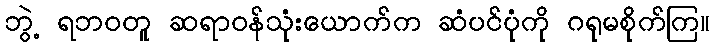
ဘွဲ့ ရဘဝတူ ဆရာဝန်သုံးယောက်က ဆံပင်ပုံကို ဂရုမစိုက်ကြ။